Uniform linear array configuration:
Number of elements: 24
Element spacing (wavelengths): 0.25
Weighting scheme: binomial
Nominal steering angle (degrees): -60
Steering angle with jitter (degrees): -61.072
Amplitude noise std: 0.05
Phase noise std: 0.05

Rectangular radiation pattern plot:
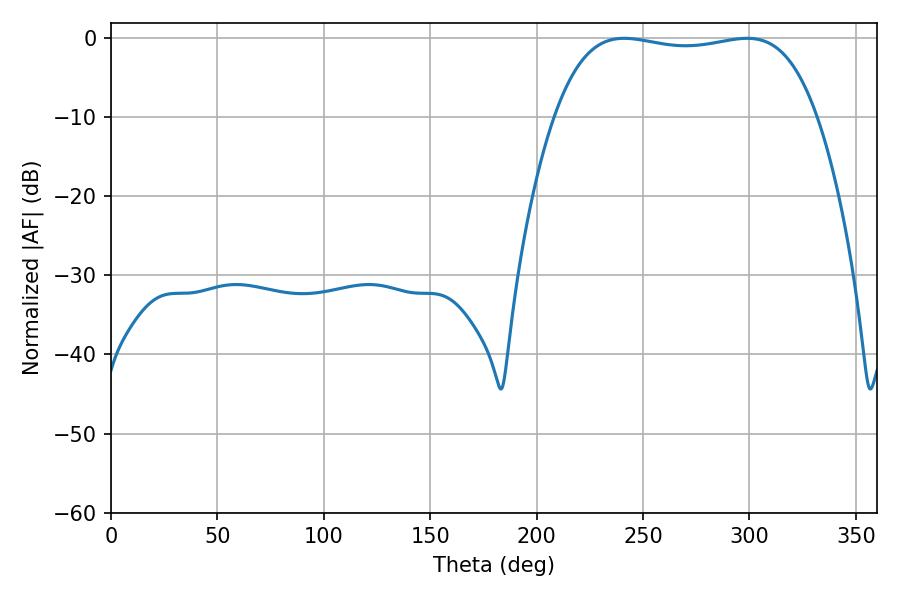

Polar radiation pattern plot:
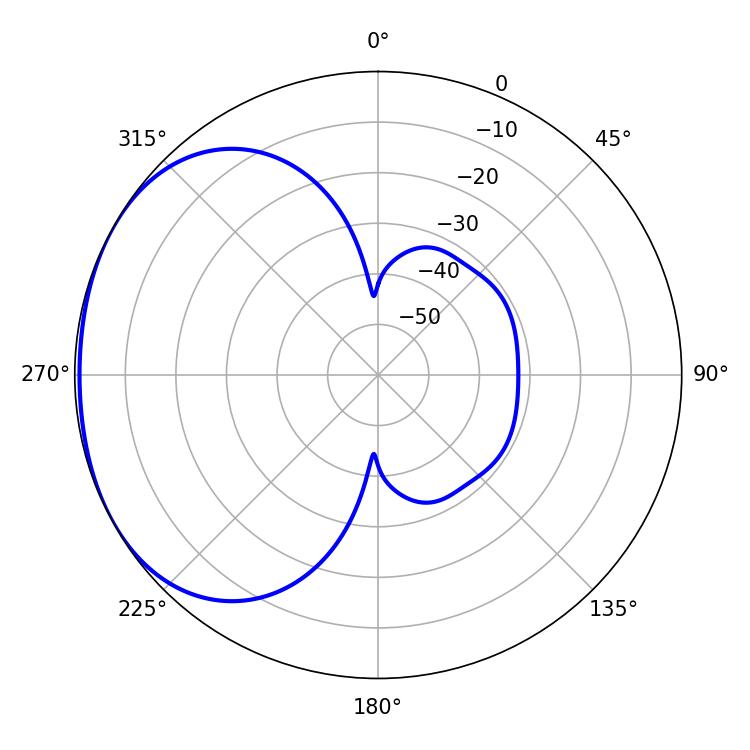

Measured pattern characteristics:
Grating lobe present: FALSE
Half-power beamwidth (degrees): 98.28
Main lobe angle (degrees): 241.02